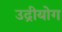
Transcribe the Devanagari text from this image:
उद्रीयोग